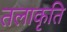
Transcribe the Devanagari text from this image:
तलाकृति